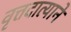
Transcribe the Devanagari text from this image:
वृत्तदात्याने